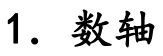
1. 数轴